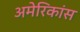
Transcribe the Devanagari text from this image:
अमेरिकांस